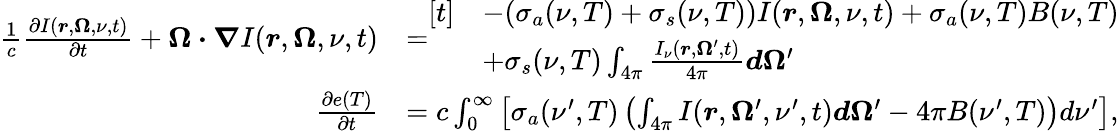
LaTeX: \begin{array}{rl}{\frac{1}{c}\frac{\partial I(\boldsymbol{r},\boldsymbol{\Omega},\nu,t)}{\partial t}+\boldsymbol{\Omega\cdot\nabla}I(\boldsymbol{r},\boldsymbol{\Omega},\nu,t)}&{=\begin{array}{rl}{[t]}&{-(\sigma_{a}(\nu,T)+\sigma_{s}(\nu,T))I(\boldsymbol{r},\boldsymbol{\Omega},\nu,t)+\sigma_{a}(\nu,T)B(\nu,T)}\\ &{+\sigma_{s}(\nu,T)\int_{4\pi}\frac{I_{\nu}(\boldsymbol{r},\boldsymbol{\Omega}^{\prime},t)}{4\pi}\boldsymbol{d\Omega}^{\prime}}\end{array}}\\ {\frac{\partial e(T)}{\partial t}}&{=c\int_{0}^{\infty}\left[\sigma_{a}(\nu^{\prime},T)\left(\int_{4\pi}I(\boldsymbol{r},\boldsymbol{\Omega}^{\prime},\nu^{\prime},t)\boldsymbol{d\Omega}^{\prime}-4\pi B(\nu^{\prime},T)\right)d\nu^{\prime}\right],}\end{array}